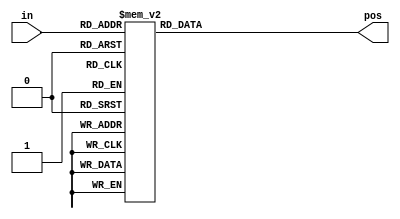
// synthesis verilog_input_version verilog_2001
module top_module (
    input [3:0] in,
    output reg [1:0] pos  );
    
always@(*) begin
    case(in)
            4'd0: pos = 2'd0;
            4'd1: pos = 2'd0;
            4'd2: pos = 2'd1;
            4'd3: pos = 2'd0;
            4'd4: pos = 2'd2;
            4'd5: pos = 2'd0;
            4'd6: pos = 2'd1;
            4'd7: pos = 2'd0;
        4'd8: pos = 2'd3;
        4'd9: pos = 2'd0;
        4'd10: pos = 2'd1;
        4'd11: pos = 2'd0;
        4'd12: pos = 2'd2;
        4'd13: pos = 2'd0;
        4'd14: pos = 2'd1;
        4'd15: pos = 2'd0;
        
            default: pos = 2'd0;
        endcase
    end

endmodule